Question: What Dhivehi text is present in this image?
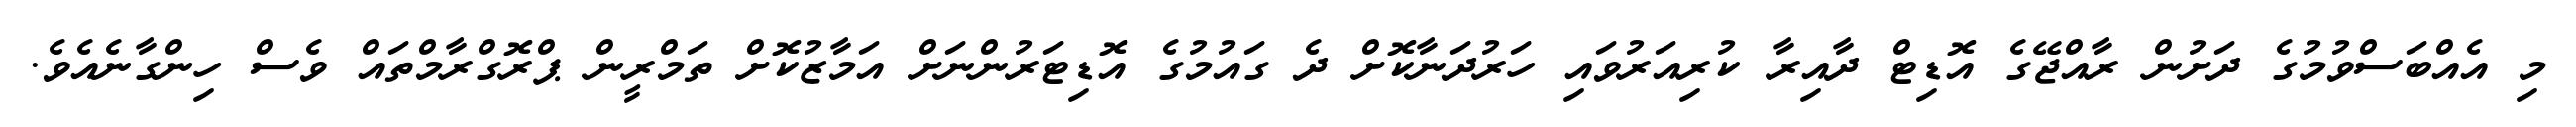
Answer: މި އެއްބަސްވުމުގެ ދަށުން ރާއްޖޭގެ އޮޑިޓް ދާއިރާ ކުރިއަރުވައި ހަރުދަނާކޮށް ދެ ގައުމުގެ އޮޑިޓަރުންނަށް އަމާޒުކޮށް ތަމްރީން ޕްރޮގްރާމްތައް ވެސް ހިންގާނެއެވެ.